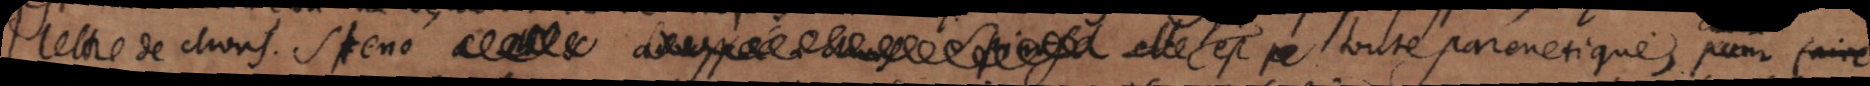
lettre de Mons. Steno a adressée à M. Spinosa elle qui est toute parenetique, pour faire